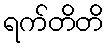
ရက်တိတိ